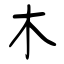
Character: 木